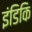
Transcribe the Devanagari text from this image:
इंडिकि